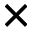
\times